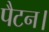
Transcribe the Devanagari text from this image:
पैटन।